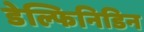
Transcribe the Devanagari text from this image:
डेल्फिनिडिन